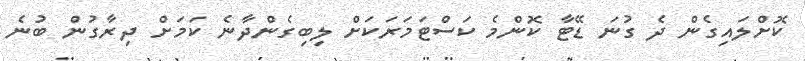
ކޮށްލައިގެން ދެ ގުނަ ޑޭޓާ ކޮންމެ ކަސްޓަމަރަކަށް ލިބިގެންދާނެ ކަމަށް ދިރާގުން ބުނެ